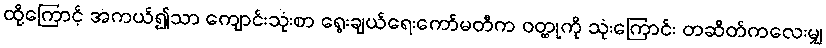
ထို့ကြောင့် အကယ်၍သာ ကျောင်းသုံးစာ ရွေးချယ်ရေးကော်မတီက ဝတ္ထုကို သုံးကြောင်း တဆိတ်ကလေးမျှ